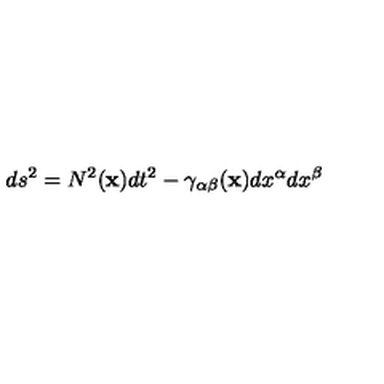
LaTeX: d s ^ { 2 } = N ^ { 2 } ( { \bf x } ) d t ^ { 2 } - \gamma _ { \alpha \beta } ( { \bf x } ) d x ^ { \alpha } d x ^ { \beta }